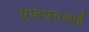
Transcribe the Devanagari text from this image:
एफएचआई